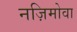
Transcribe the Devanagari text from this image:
नज़िमोवा